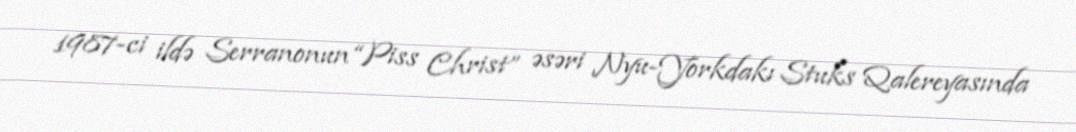
1987-ci ildə Serranonun “Piss Christ” əsəri Nyu-Yorkdakı Stuks Qalereyasında